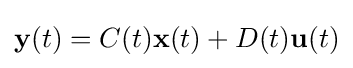
\mathbf {y} (t)=C(t)\mathbf {x} (t)+D(t)\mathbf {u} (t)